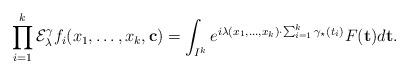
LaTeX: \begin{align*}\prod_{i=1}^k \mathcal E_\lambda^\gamma f_i (x_1,\dots,x_k,\mathbf c) = \int_{I^k} e^{ i \lambda (x_1,\dots,x_k)\cdot \sum_{i=1}^k\gamma_{\star}(t_i) } F(\mathbf t) d \mathbf t. \end{align*}